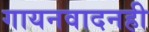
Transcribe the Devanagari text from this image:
गायनवादनही